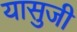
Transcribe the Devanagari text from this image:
यासुजी